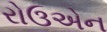
રોઉએન